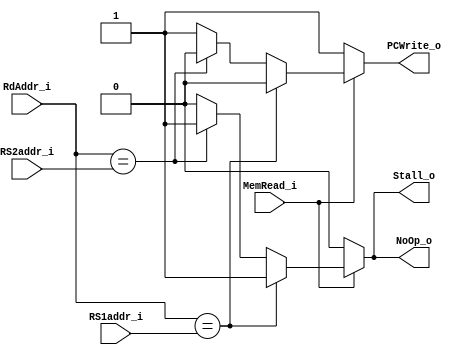
module Hazard_Detection
(
    RS1addr_i,
    RS2addr_i,
    MemRead_i, 
    RdAddr_i,
    PCWrite_o,
    Stall_o,
    NoOp_o
);

// Ports
input   [4:0]       RS1addr_i;
input   [4:0]       RS2addr_i;
input MemRead_i;
input [4:0] RdAddr_i;
output PCWrite_o;
output Stall_o;
output NoOp_o;
reg PCWrite_o;
reg Stall_o;
reg NoOp_o;
//wire [4:0] difference1 = RS1addr_i - rd;
//wire[4:0] difference2 = RS2addr_i - rd;
always @(RS1addr_i or RS2addr_i or MemRead_i or RdAddr_i)
begin
	if (MemRead_i) begin
		if (RdAddr_i == RS1addr_i)begin
			PCWrite_o <= 0;
			Stall_o <= 1;
			NoOp_o <= 1;
			////$display(data_o);
		end
		else if (RdAddr_i == RS2addr_i) begin
			PCWrite_o <= 0;
			Stall_o <= 1;
			NoOp_o <= 1;
			////$display(data_o);
		end
		else begin
			PCWrite_o <= 1;
			Stall_o <= 0;
			NoOp_o <= 0;
		end
	end
	else begin
		PCWrite_o <= 1;
		Stall_o <= 0;
		NoOp_o <= 0;
	end
end

endmodule